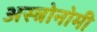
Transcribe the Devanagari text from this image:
अस्त्रोनोमी